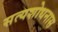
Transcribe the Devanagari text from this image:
सत्यशोधनास